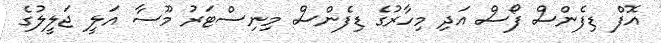
އޮފް ޑިފެންސް ފޯސް އަދި މިހާރުގެ ޑިފެންސް މިނިސްޓަރު މޫސާ އަލީ ޖަލީލުގެ